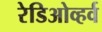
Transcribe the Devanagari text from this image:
रेडिओव्हर्व